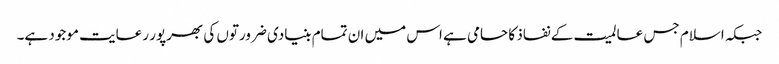
جبکہ اسلام جس عالمیت کے نفاذ کا حامی ہے اس میں ان تمام بنیادی ضرورتوں کی بھرپور رعایت موجود ہے۔